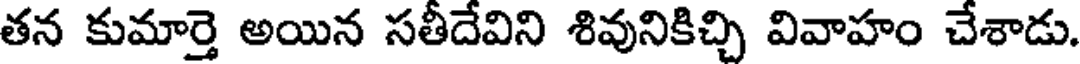
తన కుమార్తె అయిన సతీదేవిని శివునికిచ్చి వివాహం చేశాడు.